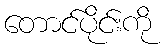
တောင်ပိုင်းကို